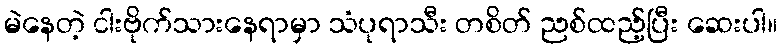
မဲနေတဲ့ ငါးဗိုက်သားနေရာမှာ သံပုရာသီး တစိတ် ညစ်ထည့်ပြီး ဆေးပါ။